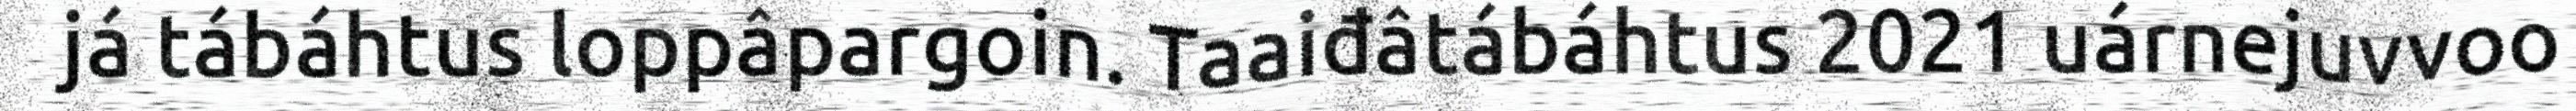
já tábáhtus loppâpargoin. Taaiđâtábáhtus 2021 uárnejuvvoo